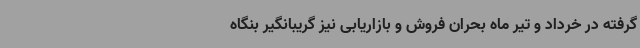
گرفته در خرداد و تیر ماه بحران فروش و بازاریابی نیز گریبانگیر بنگاه